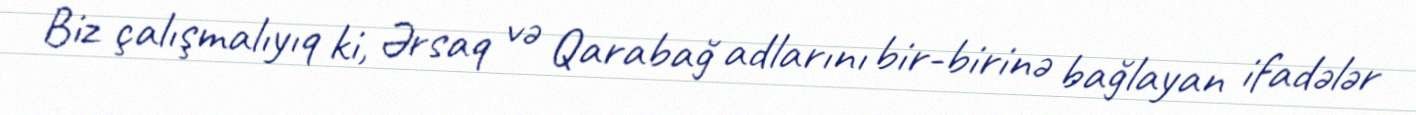
Biz çalışmalıyıq ki, Ərsaq və Qarabağ adlarını bir-birinə bağlayan ifadələr